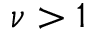
\nu > 1